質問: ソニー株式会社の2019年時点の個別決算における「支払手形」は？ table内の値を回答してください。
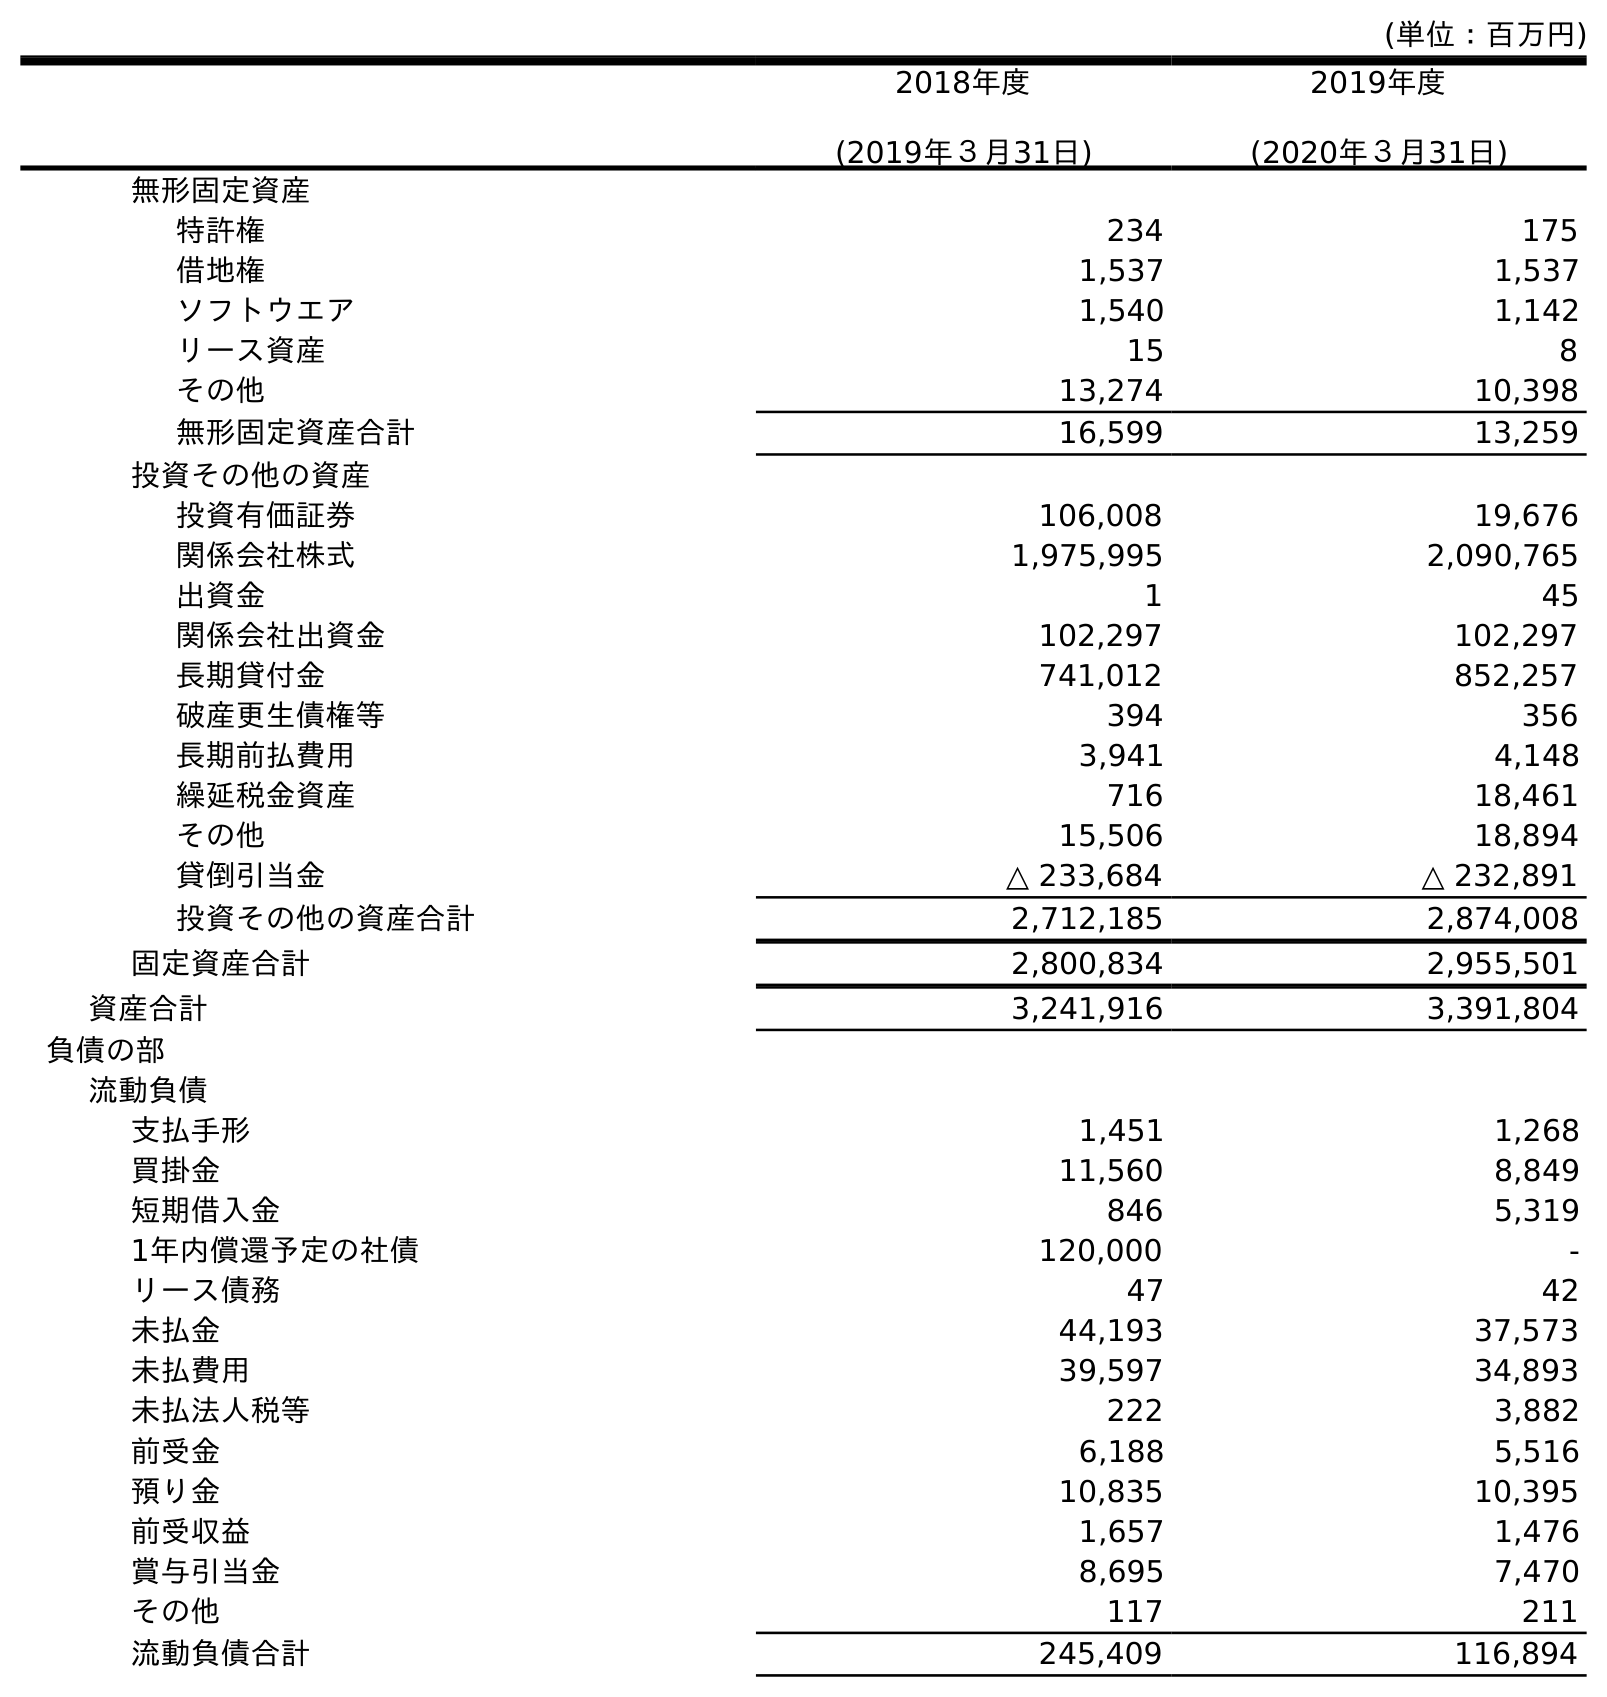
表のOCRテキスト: (単位：百万円) 2018年度 (2019年３月31日) 2019年度 (2020年３月31日) 無形固定資産 特許権 234 175 借地権 1,537 1,537 ソフトウエア 1,540 1,142 リース資産 15 8 その他 13,274 10,398 無形固定資産合計 16,599 13,259 投資その他の資産 投資有価証券 106,008 19,676 関係会社株式 1,975,995 2,090,765 出資金 1 45 関係会社出資金 102,297 102,297 長期貸付金 741,012 852,257 破産更生債権等 394 356 長期前払費用 3,941 4,148 繰延税金資産 716 18,461 その他 15,506 18,894 貸倒引当金 △ 233,684 △ 232,891 投資その他の資産合計 2,712,185 2,874,008 固定資産合計 2,800,834 2,955,501 資産合計 3,241,916 3,391,804 負債の部 流動負債 支払手形 1,451 1,268 買掛金 11,560 8,849 短期借入金 846 5,319 1年内償還予定の社債 120,000 - リース債務 47 42 未払金 44,193 37,573 未払費用 39,597 34,893 未払法人税等 222 3,882 前受金 6,188 5,516 預り金 10,835 10,395 前受収益 1,657 1,476 賞与引当金 8,695 7,470 その他 117 211 流動負債合計 245,409 116,894
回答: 1,451